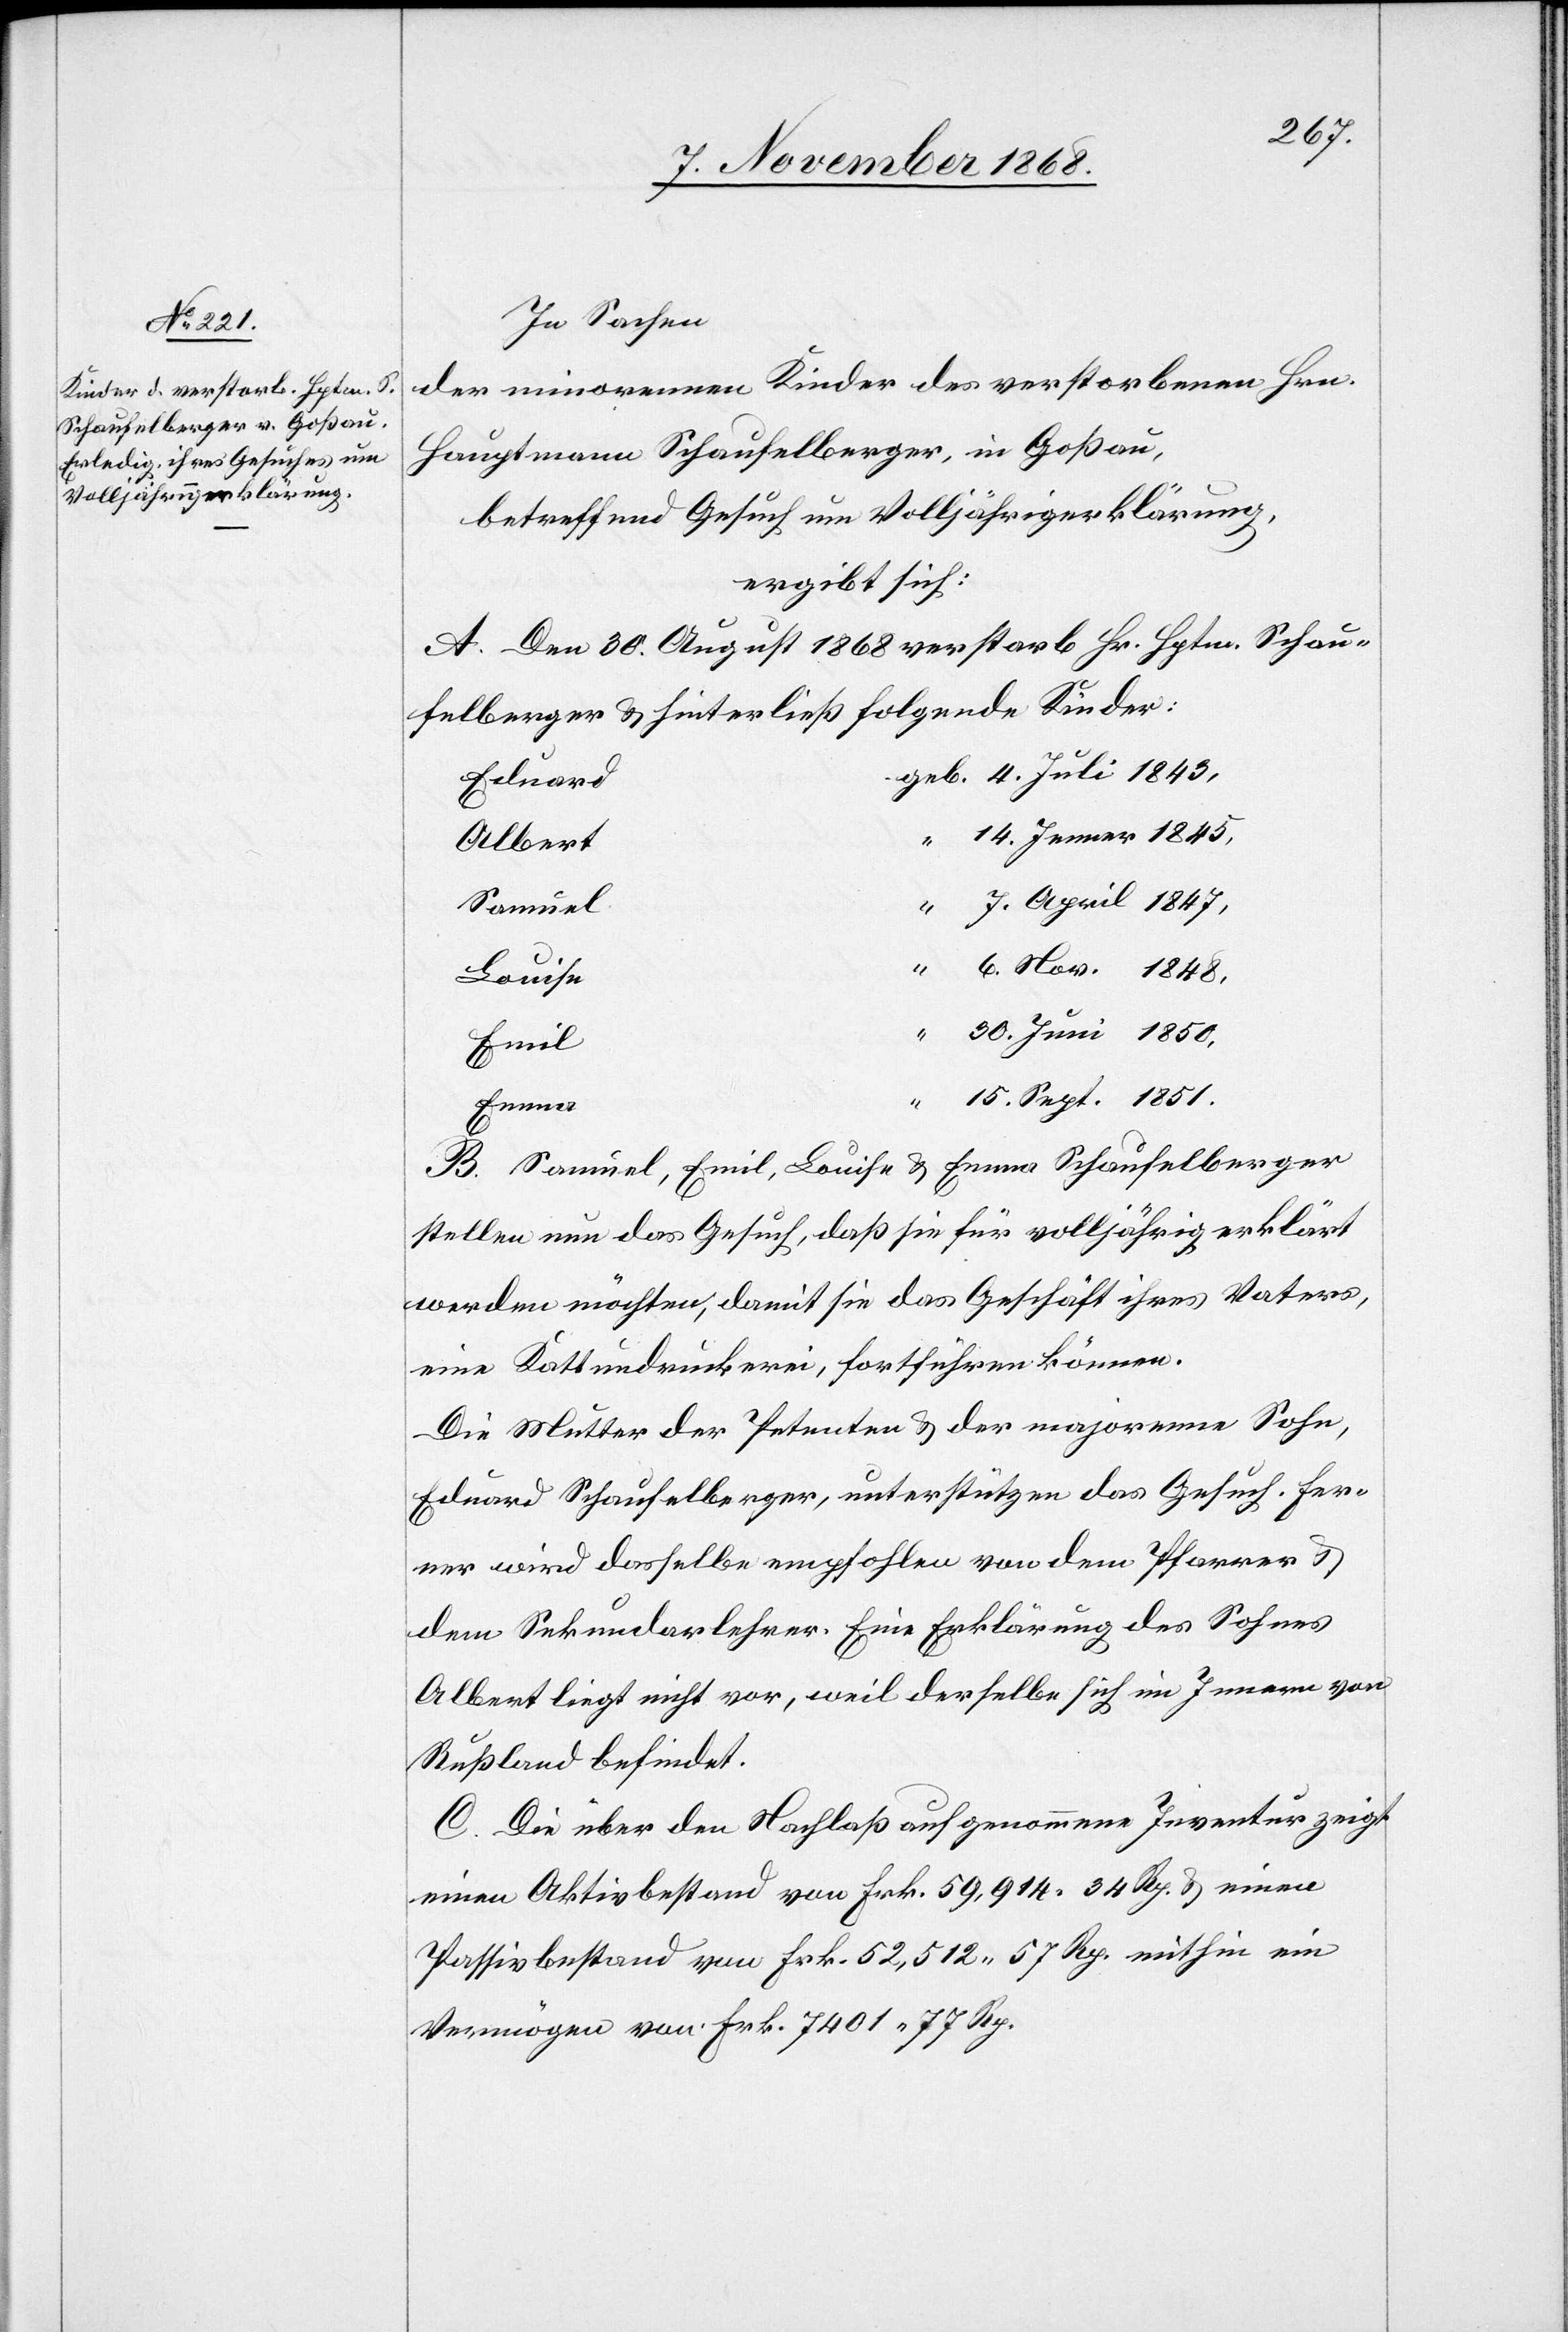
30.
In Sachen
der minorennen Kinder des verstorbenen Hrn.
Hauptmann Schaufelberger, in Goßau,
betreffend Gesuch um Volljährigerklärung,
ergibt sich:
A. Den 30. August 1868 verstarb Hr. Hptm. Schau¬
felberger & hinterließ folgende Kinder:
Eduard
Albert
Samuel
Louise
6.
Emil
Emma
B. Samuel, Emil, Louise & Emma Schaufelberger
stellen nun das Gesuch, daß sie für volljährig erklärt
werden möchten, damit sie das Geschäft ihres Vaters,
eine Kattundruckerei, fortführen können.
Die Mutter der Petenten & der majorenne Sohn,
Eduard Schaufelberger, unterstützen das Gesuch. Fer¬
ner wird dasselbe empfohlen von dem Pfarrer &
dem Sekundarlehrer. Eine Erklärung des Sohnes
Albert liegt nicht vor, weil derselbe sich im Innern von
Rußland befindet.
C. Die über den Nachlaß aufgenommene Inventur zeigt
einen Aktivbestand von Frk. 59,914 34 Rp. & einen
Passivbestand von Frk. 52,512 57 Rp. mithin ein
Vermögen von Frk. 7401 77 Rp.